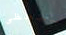
سيحظى